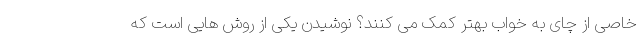
خاصی از چای به خواب بهتر کمک می کنند؟ نوشیدن یکی از روش هایی است که